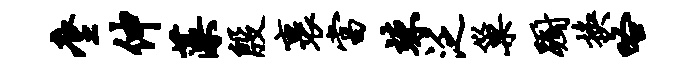
麈伸藻殷裹当竦泛巢蹰换咯